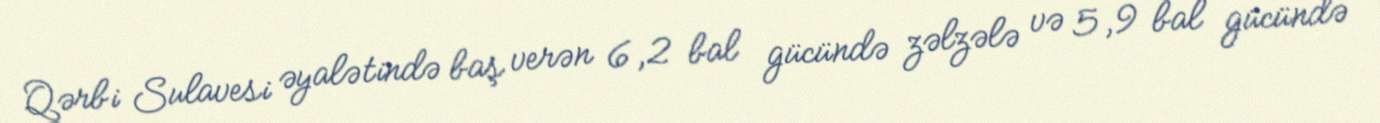
Qərbi Sulavesi əyalətində baş verən 6,2 bal gücündə zəlzələ və 5,9 bal gücündə